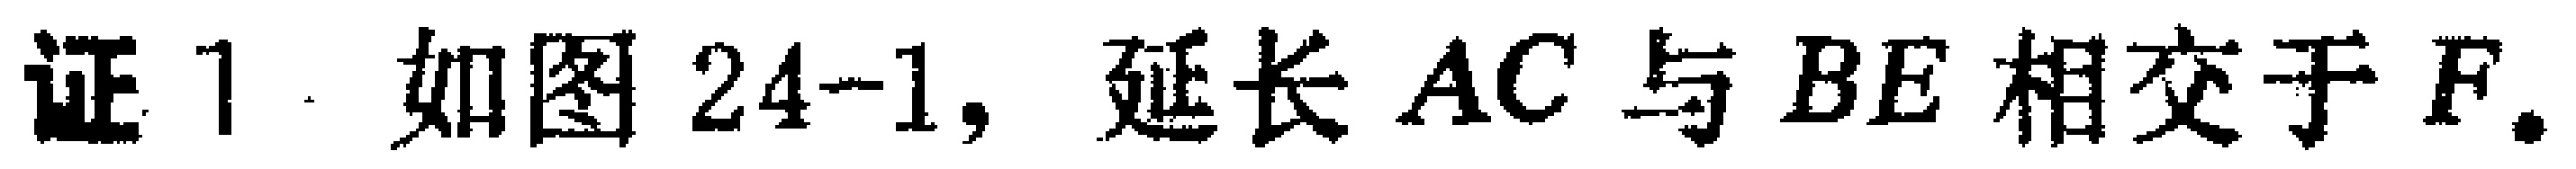
证 1. 如图 24-1, 延长 \(AC\) 与 \(BE\) 相交于 \(F\).